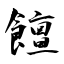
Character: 饘